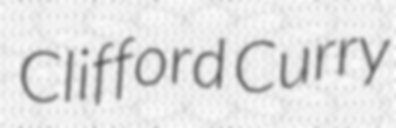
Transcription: Clifford Curry